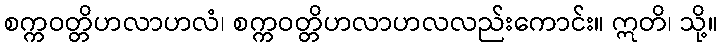
စက္ကဝတ္တိဟလာဟလံ၊ စက္ကဝတ္တိဟလာဟလလည်းကောင်း။ ဣတိ၊ သို့။